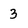
Character: 3